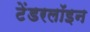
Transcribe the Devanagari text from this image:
टेंडरलॉइन